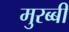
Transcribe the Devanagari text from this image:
मुरब्बी